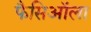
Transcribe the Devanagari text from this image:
फैसिऑला